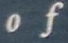
of